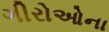
ગીરોઓના